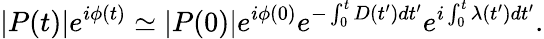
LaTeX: |P(t)|e^{i\phi(t)}\simeq|P(0)|e^{i\phi(0)}e^{-\int_{0}^{t}D(t^{\prime})dt^{\prime}}e^{i\int_{0}^{t}\lambda(t^{\prime})dt^{\prime}}.